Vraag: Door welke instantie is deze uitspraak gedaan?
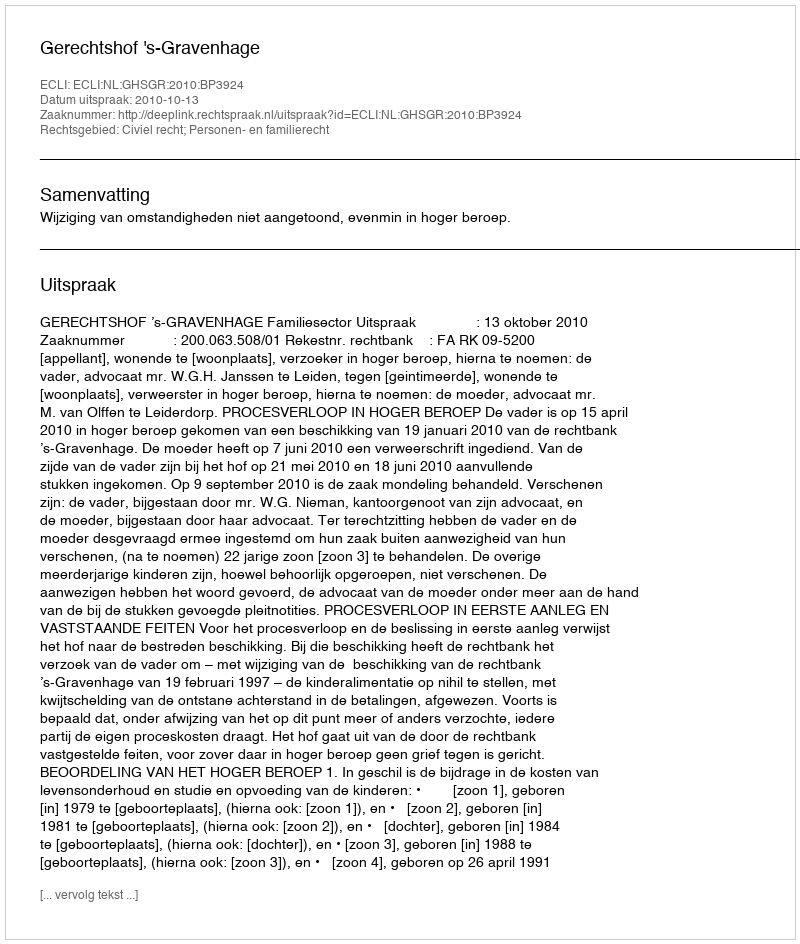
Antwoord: Gerechtshof 's-Gravenhage